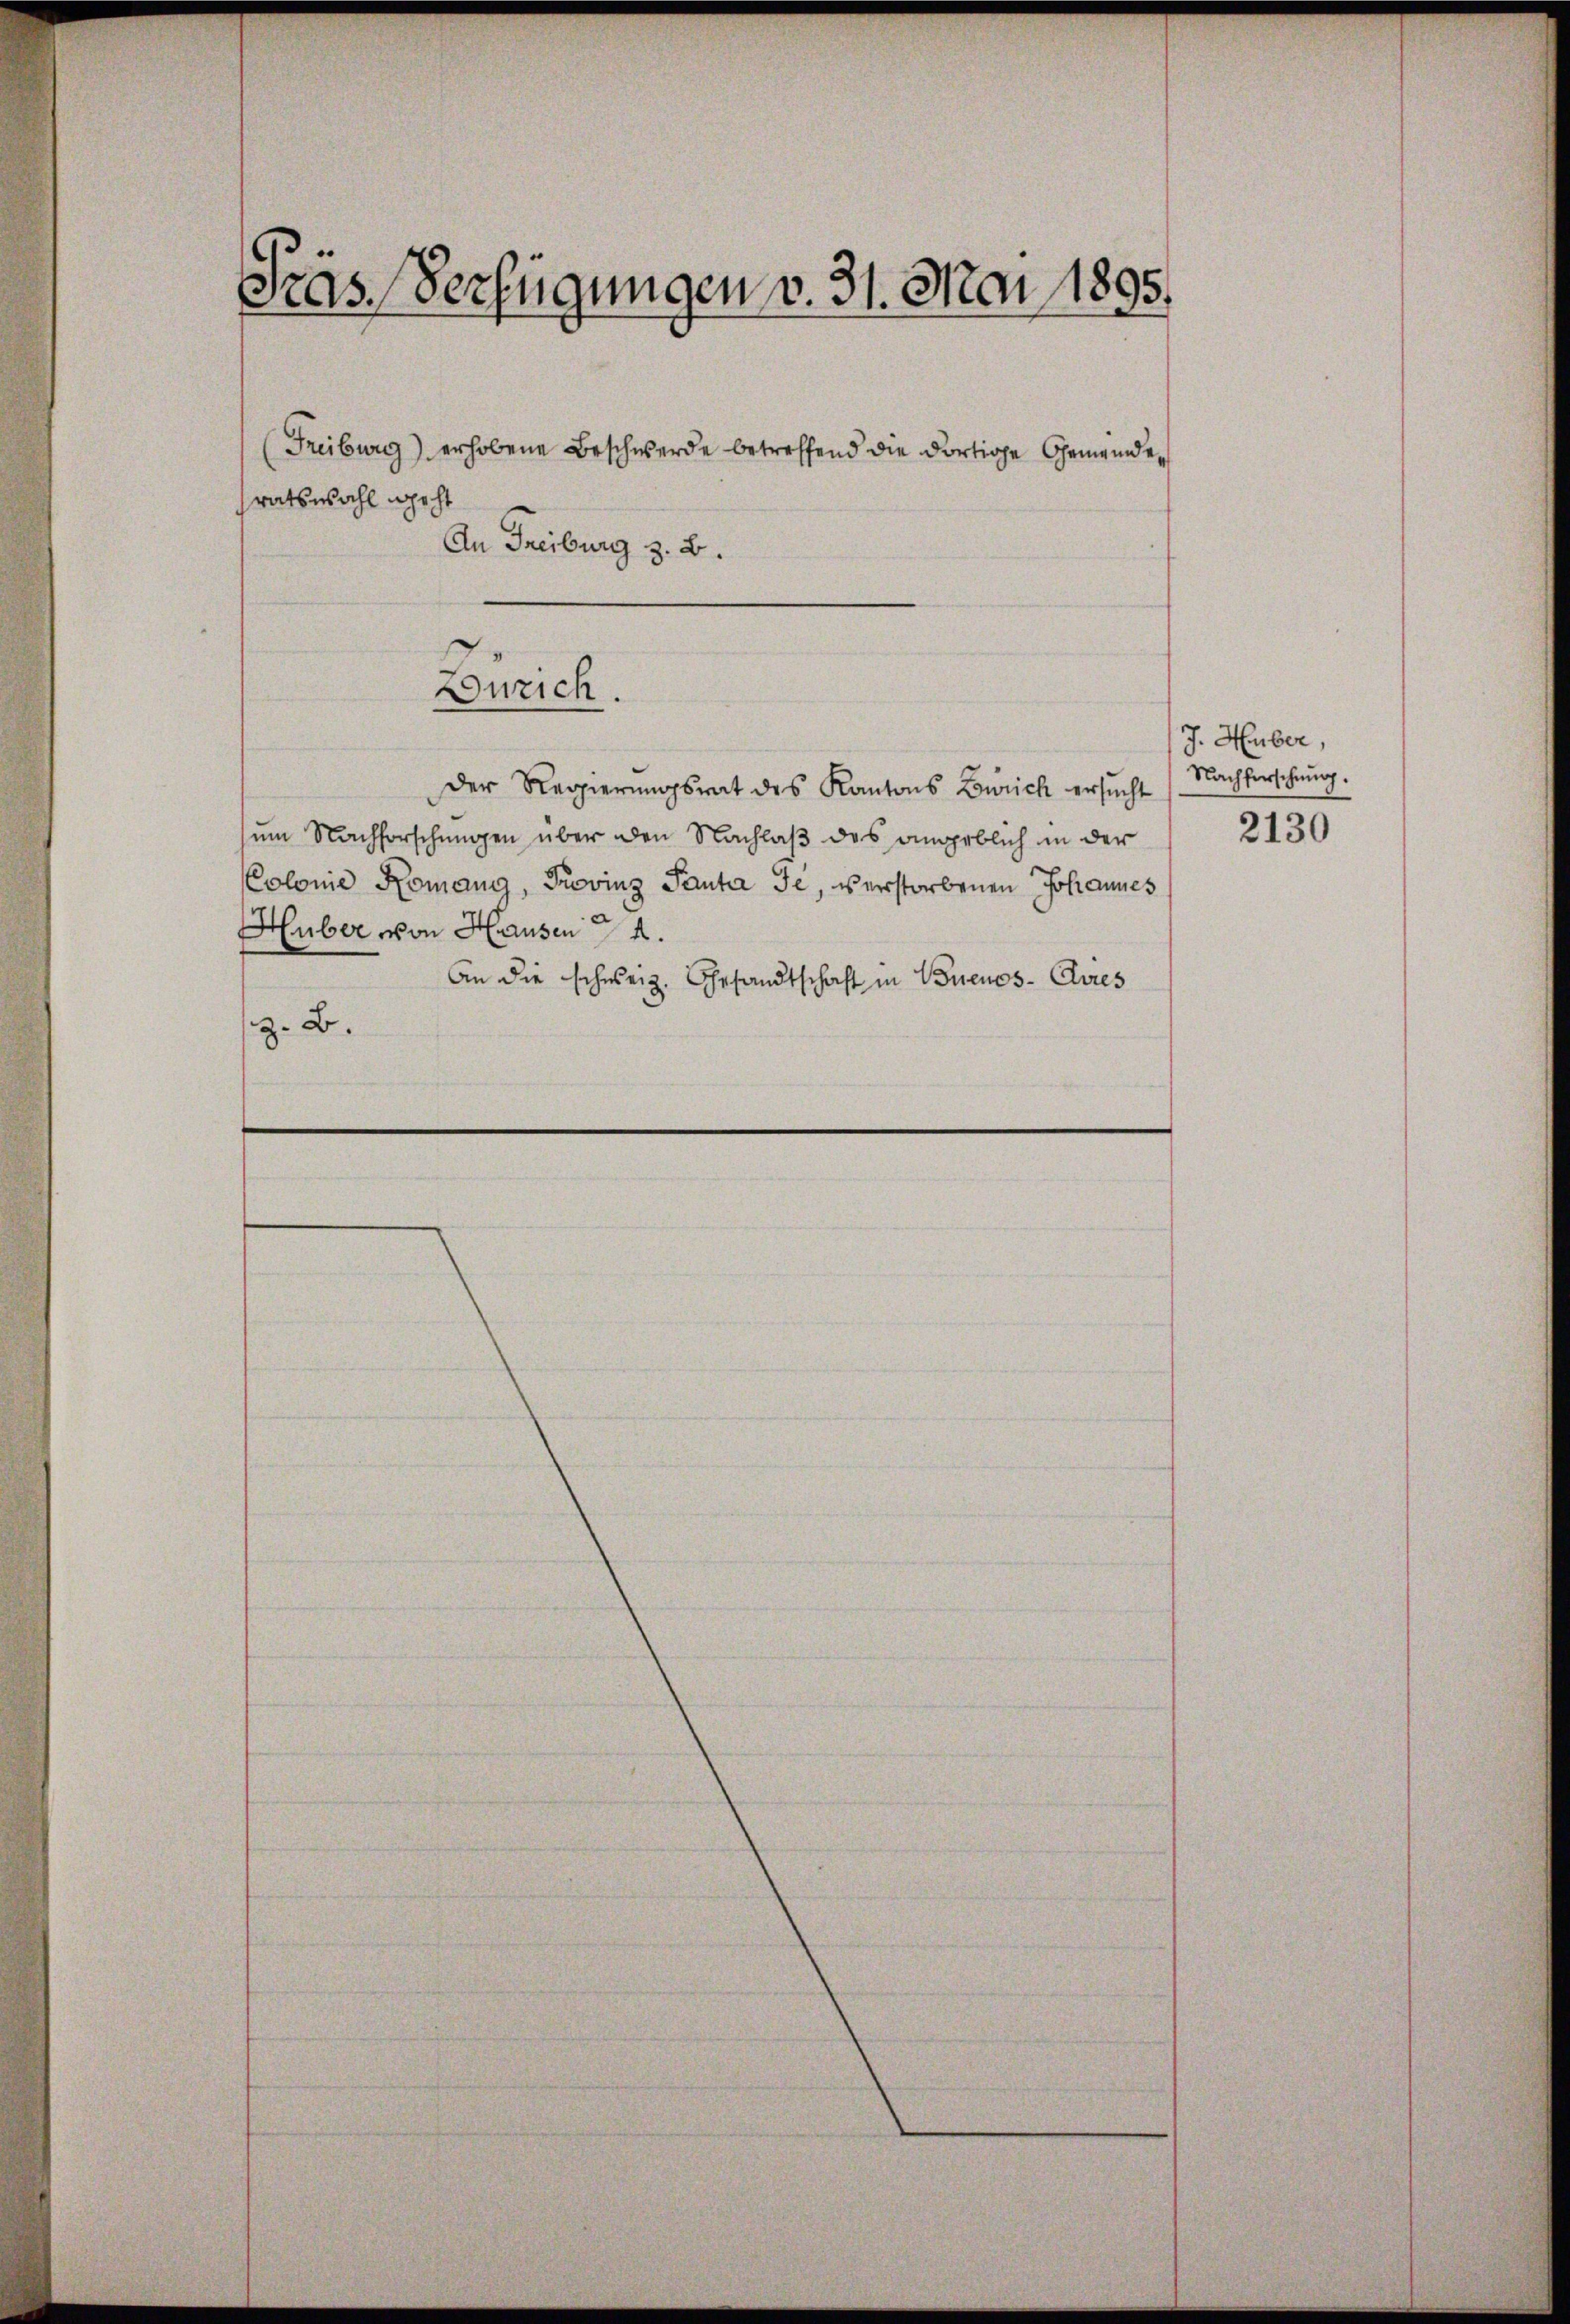
Präs. Verfügungen v. 31. Mai 1895.

Freiburg) erhobene Beschwerde betreffend die dortige Gemeinderatswahl geht
An Freiburg z. B.

der Regierungsrat des Kantons Zürich ersŭcht
um Nachforschungen über den Nachlaß des angeblich in der
Colonie Komang, Provinz Panta Je, verstorbenen Johannes
Huber von Hausen 4.
An die schweiz. Gesandtschaft in Buenos-Avies
z. B.

Enrich.

J. Huber,
Nachforschung.

2130